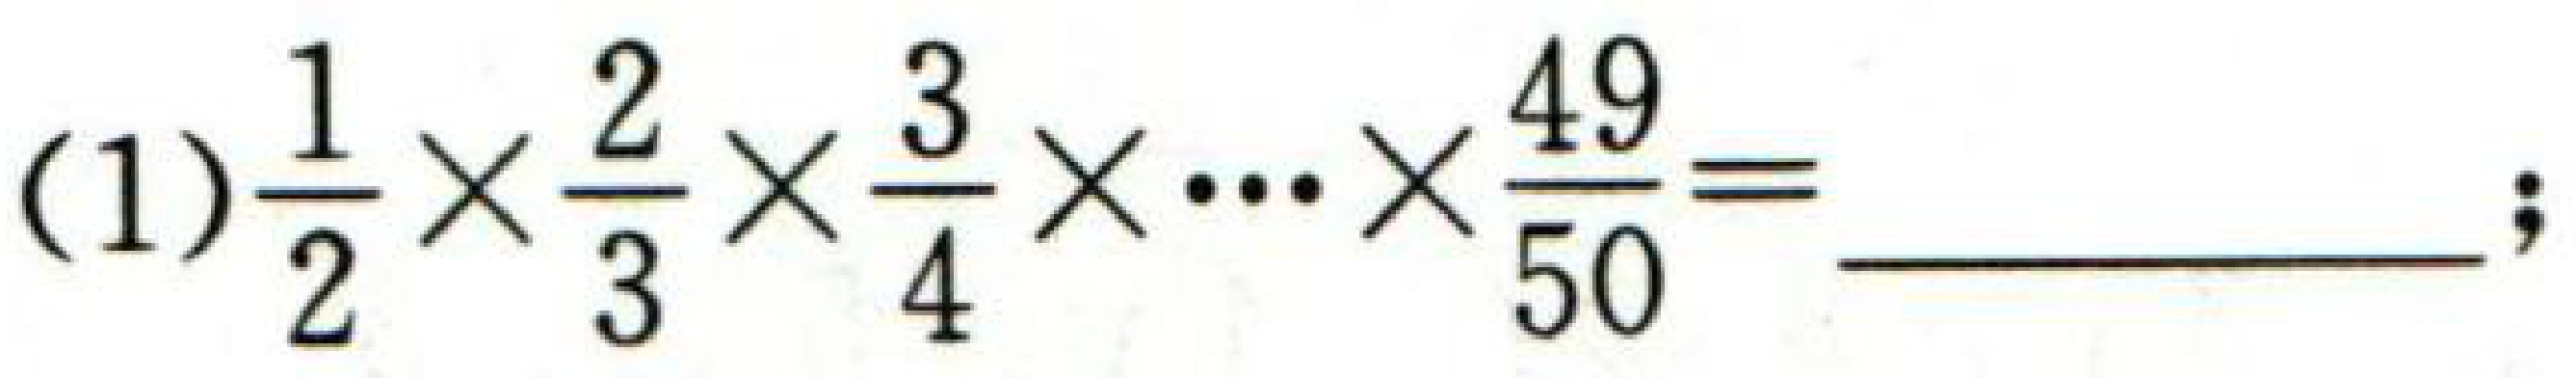
(1)$\frac{1}{2}\times\frac{2}{3}\times\frac{3}{4}\times\cdots\times\frac{49}{50}=$  ；